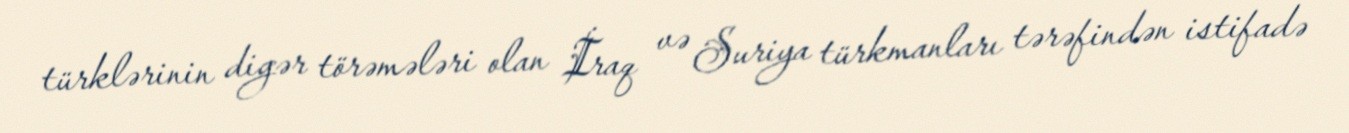
türklərinin digər törəmələri olan İraq və Suriya türkmanları tərəfindən istifadə